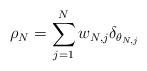
LaTeX: \begin{align*}\rho_N = \sum_{j=1}^{N} w_{N,j} \delta_{\theta_{N,j}}\end{align*}